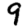
Digit: 9